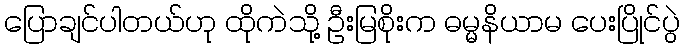
ပြောချင်ပါတယ်ဟု ထိုကဲသို့ ဦးမြစိုးက ဓမ္မနိယာမ ပေးပြိုင်ပွဲ